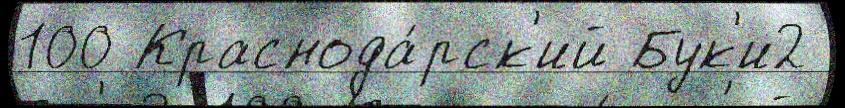
100 Краснода́рск'ий Бук'и2